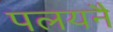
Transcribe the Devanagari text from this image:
पलयनै